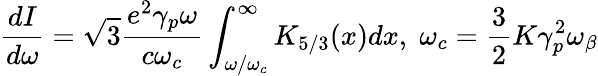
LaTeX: \frac{dI}{d\omega}=\sqrt{3}\frac{e^{2}\gamma_{p}\omega}{c\omega_{c}}\int_{\omega/\omega_{c}}^{\infty}K_{5/3}(x)dx,\; \omega_{c}=\frac{3}{2}K\gamma_{p}^{2}\omega_{\beta}